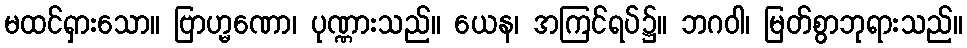
မထင်ရှားသော။ ဗြာဟ္မဏော၊ ပုဏ္ဏားသည်။ ယေန၊ အကြင်ရပ်၌။ ဘဂဝါ၊ မြတ်စွာဘုရားသည်။